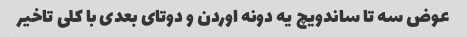
عوض سه تا ساندویچ یه دونه اوردن و دوتای بعدی با کلی تاخیر